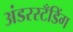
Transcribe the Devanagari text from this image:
अंडरस्टँडिंग